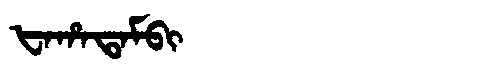
Manchu: ᡶᠠᡥᠠᡨᠠᠮᠪᡳ
Romanization: FAHATAMBI